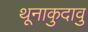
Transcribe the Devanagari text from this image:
थूनाकुदावु